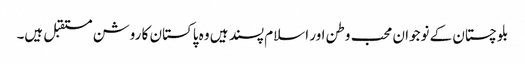
بلوچستان کے نوجوان محب وطن اور اسلام پسند ہیں وہ پاکستان کا روشن مستقبل ہیں۔